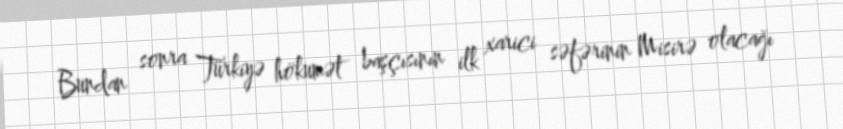
Bundan sonra Türkiyə hökumət başçısının ilk xarici səfərinin Misirə olacağı